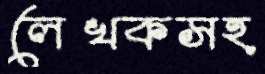
লেখকসহ